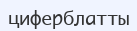
циферблатты